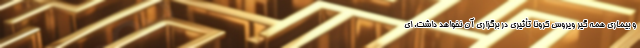
و بیماری همه گیر ویروس کرونا تأثیری در برگزاری آن نخواهد داشت. ای